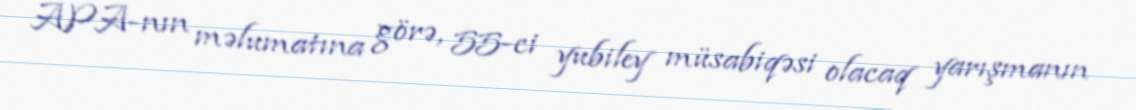
APA-nın məlumatına görə, 55-ci yubiley müsabiqəsi olacaq yarışmanın